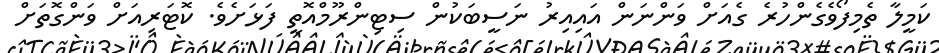
ކަމީލާ ތެމިފޯވެގެންހުރެ ގެއަށް ވަންނަން އައިއިރު ނަސީބަކުން ސިޓިންރޫމްއޮތީ ފަޅަށެވެ. ކޮޓަރިއަށް ވަންގޮތަށް